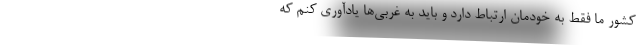
کشور ما فقط به خودمان ارتباط دارد و باید به غربی‌ها یادآوری کنم که